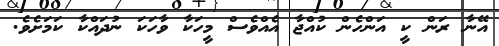
އޭނާ ރަން ކީ އަންހެން ކުއްޖާ އެއްވެސް މީހަކާ ވާހަކަ ނުދައްކާ ކަމަށެވެ.